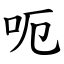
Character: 呃